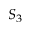
S _ { 3 }